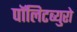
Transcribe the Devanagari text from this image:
पॉलिटब्युरो